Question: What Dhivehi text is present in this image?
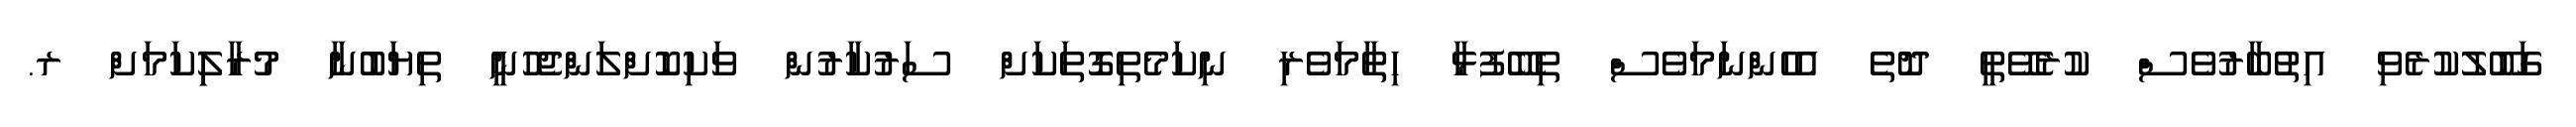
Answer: ގަބޫލުކުރެވި އިތުބާރުވެސް ކުރެވޭތީ ދޮތެ އެހެންނަމަވެސް ތިބޭފުޅާ ހިތާމަވެރި ނިކަމެތިގޮތަކަށް ސަރުކާރުން ވަކިކޮށްލަންޖެހުނީ ތިޔަބުނާ މުރާލިިކަމަށް ރ.